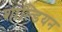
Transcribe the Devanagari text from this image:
शाल्डियन